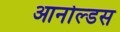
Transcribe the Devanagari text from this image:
आर्नोल्डस